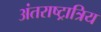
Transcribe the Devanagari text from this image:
अंतराष्ट्रात्रिय